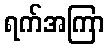
ရက်အကြာ